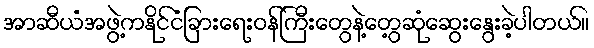
အာဆီယံအဖွဲ့ကနိုင်ငံခြားရေးဝန်ကြီးတွေနဲ့တွေ့ဆုံဆွေးနွေးခဲ့ပါတယ်။